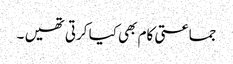
جماعتی کام بھی کیا کرتی تھیں ۔